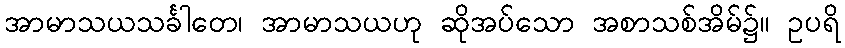
အာမာသယသင်္ခါတေ၊ အာမာသယဟု ဆိုအပ်သော အစာသစ်အိမ်၌။ ဥပရိ